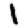
Digit: 1